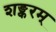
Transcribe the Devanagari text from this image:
शङ्करम्